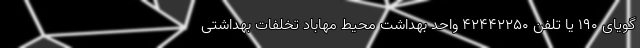
گویای ۱۹۰ یا تلفن ۴۲۴۴۲۲۵۰ واحد بهداشت محیط مهاباد تخلفات بهداشتی